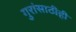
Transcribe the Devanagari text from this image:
गुरांसाठीही